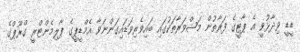
ޑީޑީ ވިދާޅުވީ އެ ޕާޓީގެ ފަރާތުން މަޝްވަރާތަކުގައި ބައިވެރިވަޑައިގަންނަވާ އެމްޑީޕީގެ ޕާލިމެންޓްރީ ގްރޫޕްގެ